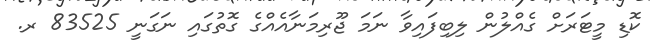
ކޮޑި މީޓަރަށް ގެއްލުން ލިބިފައިވާ ނަމަ ޖޫރިމަނާއެއްގެ ގޮތުގައި ނަގަނީ 83525 ރ.